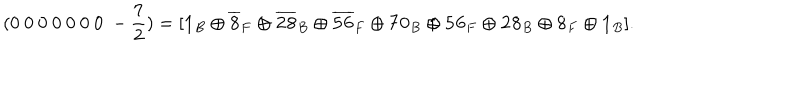
( 0 ~ 0 ~ 0 ~ 0 ~ 0 ~ 0 ~ 0 ~ - \frac { 7 } { 2 } ) = [ { \bf 1 } _ { B } \oplus { \bf \overline { { { 8 } } } } _ { F } \oplus { \bf \overline { { { 2 8 } } } } _ { B } \oplus { \bf \overline { { { 5 6 } } } } _ { F } \oplus { \bf 7 0 } _ { B } \oplus { \bf 5 6 } _ { F } \oplus { \bf 2 8 } _ { B } \oplus { \bf 8 } _ { F } \oplus { \bf 1 } _ { B } ] .